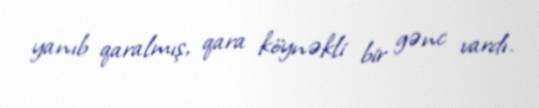
yanıb qaralmış, qara köynəkli bir gənc vardı.